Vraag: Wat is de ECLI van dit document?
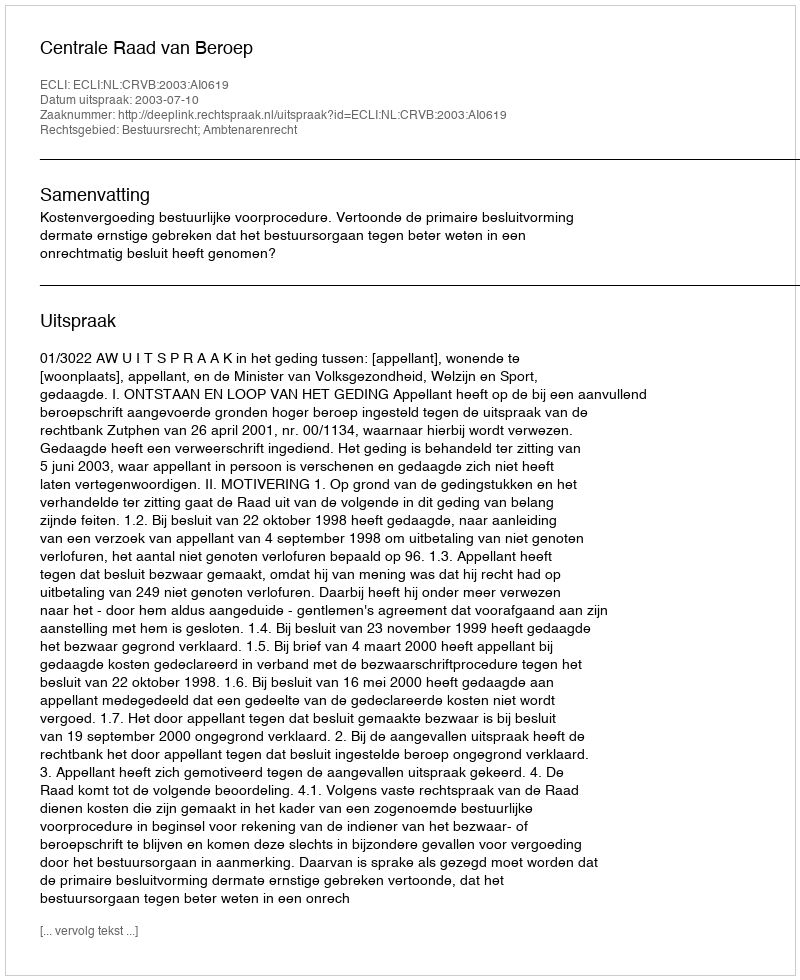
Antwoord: ECLI:NL:CRVB:2003:AI0619